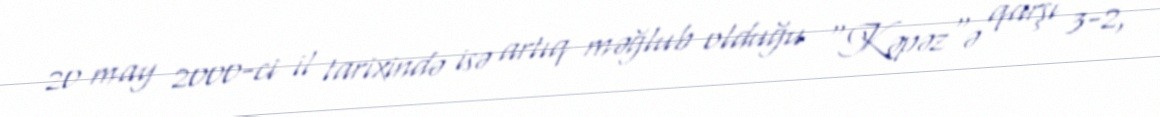
20 may 2000-ci il tarixində isə artıq məğlub olduğu "Kəpəz"ə qarşı 3-2,